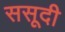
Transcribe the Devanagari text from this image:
ससूदी